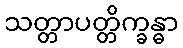
သတ္တာပတ္တိက္ခန္ဓာ